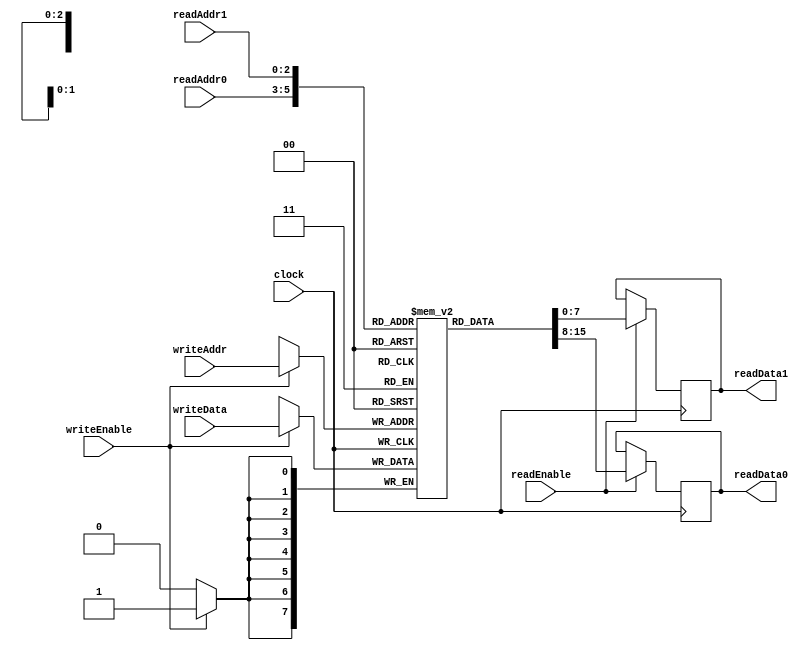
module Register_File(
    input [7:0] writeData,
    input [2:0] writeAddr,
    input writeEnable,
    output reg [7:0] readData0,
    output reg [7:0] readData1,
    input [2:0] readAddr0,
    input [2:0] readAddr1,
    input readEnable,
    input clock
);

reg [7:0] registers [0:7];

always @(posedge clock) begin
    if(writeEnable) begin
        registers[writeAddr] <= writeData;
    end
    
    if(readEnable) begin
        readData0 <= registers[readAddr0];
        readData1 <= registers[readAddr1];
    end
end

endmodule